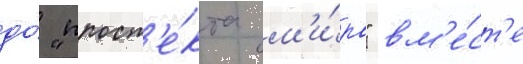
до́ "просп'е́кта м'и́ра" вм'е́ст'е